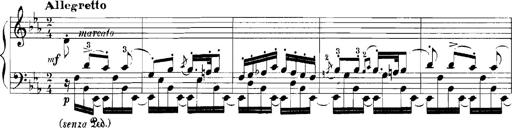
Title: Rhapsodies hongroises
Composer: Franz Liszt